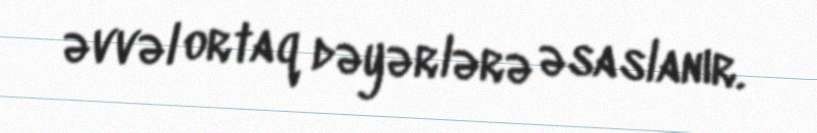
əvvəl ortaq dəyərlərə əsaslanır.